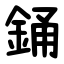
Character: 銿